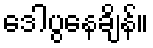
ဒေါပွနေချိန်။